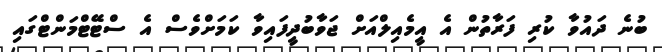
ބުނެ ދައުވާ ކުރި ފަރާތުން އެ އީމެއިލްއަށް ޖަވާބުދީފައިވާ ކަމަށްވެސް އެ ސްޓޭޓްމަންޓްގައި